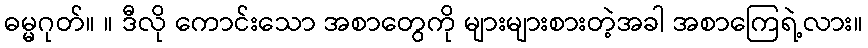
ဓမ္မဂုတ်။ ။ ဒီလို ကောင်းသော အစာတွေကို များများစားတဲ့အခါ အစာကြေရဲ့လား။